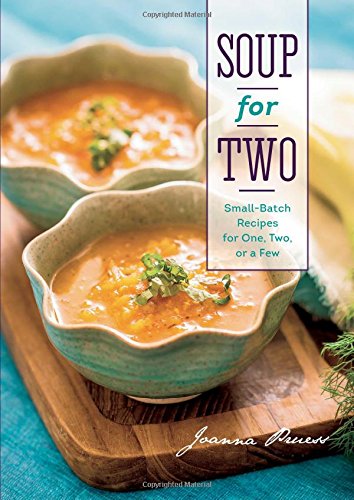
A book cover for Soup for Two: Small-Batch Recipes for One, Two or a Few; Joanna Pruess; Cookbooks, Food & Wine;